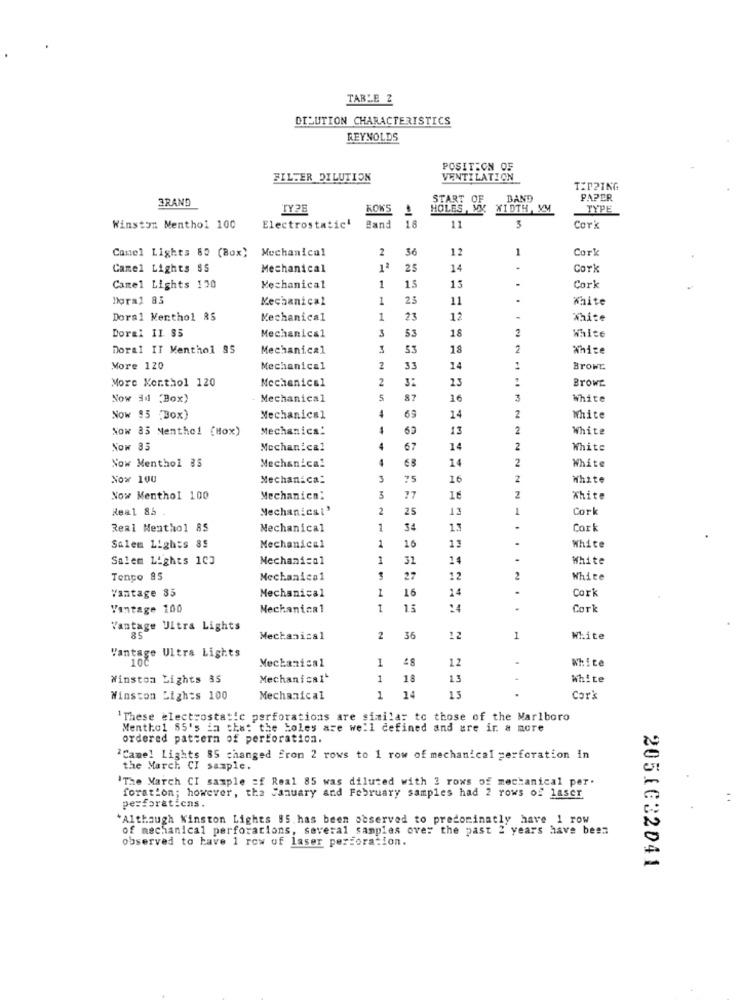
TABLE 2
DILUTION CHARACTERISTICS
REYNOLDS
POSITION OF
FILTER DILUTION
VENTILATION
IZPPING
BRAND
START O
BAND
PAPER
TYPE
KOKS
HOLES , MY
WIDTH, YM
TYPE
18
Winston Menthol 100
Electrostatic'
Band
11
3
Cork
Comel Lights 80 (Box) Mechanical
2
56
12
Cork
Camel Lights SS
Mechanical
12
25
14
Cork
15
Camel Lights 130
Mechanical
1
15
Cork
Doral 83
Mechanical
1
25
11
White
Doral Menthol RS
Mechanical
1
23
12
White
Doral II 85
3
53
18
White
Mechanical
Doral IT Menthol SS
Mechanical
3
53
18
White
More 120
Mechanical
2
33
14
BrowE
More Korthol 120
Mechanical
2
3:
23
BrowE.
Now #4 (Box)
Mechanical
5
87
16
White
Now 95 (Box)
Mechanical
69
14
2
White
Now 35 Menthol (Hox)
Mechanics:
-
53
13
2
White
Now 85
Mechanical
4
67
14
2
White
Now Menthol 35
Mechanical
4
65
14
2
White
Now 100
Mechanical
3
75
16
White
Now Menthol 100
Mechanica:
3
27
16
White
Real 85
Mechanicsl'
2
25
13
Cork
Real Menthol 85
Mechanical
1
34
13
Cork
11
Salem Lights 85
Mechanical
1
10
White
Salem Lights 103
Mechanical
1
31
14
White
Tengo 85
Mechanical
27
12
2
White
Vantage 85
Mechanical
16
14
Cork
Vintage 100
Mechanical
1
13
Cork
Vantage Uitra Lights
Mechanical
2
36
12
1
White
Vantage Ultra Lights
1
12
White
Mechanical
Winston Lights 35
Mechanical'
1
18
13
White
Winston Lights 100
Mechanical
1
14
Cork
' These electrostatic perforations are similar to those of the Marlboro
Menthol 85's in that the boles are well defined and are ir a more
ordered pattern of perforation.
iCame! Lights 85 changed from 2 rows to 1 row of mechanical perforation in
the March CI sample.
"The March CI sample =f Real 85 was diluted with 3 rows of mechanical per.
foration; however, tha January and February samples had 2 rows of laser
perforations.
*Although Kinston Lights 85. has been observed to predominatly have 1 row
of mechanical perforations, several samples over the past 2 years have been
observed to have 1 row of laser perforation.
2051032041